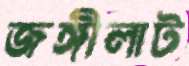
জঙ্গীলাট